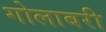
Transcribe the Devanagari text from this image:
गोलाबरी